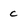
Character: c